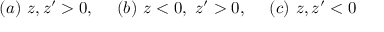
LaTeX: ( a ) \ z , z ^ { \prime } > 0 , \ \ \ \ ( b ) \ z < 0 , \ z ^ { \prime } > 0 , \ \ \ \ ( c ) \ z , z ^ { \prime } < 0